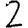
Digit: 2